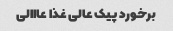
برخورد پیک عالی غذا عااالی